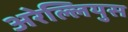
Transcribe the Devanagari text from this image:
अरेल्लियुस